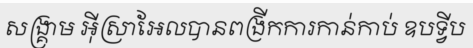
សង្គ្រាម អ៊ីស្រាអែលបានពង្រីកការកាន់កាប់ ឧបទ្វីប